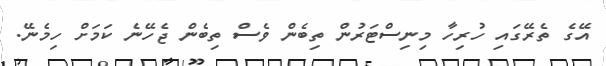
އޭގެ ތެރޭގައި ހުރިހާ މިނިސްޓަރުން ތިބެން ވެސް ތިބެން ޖެހޭނެ ކަމަށް ހިމެނޭ.